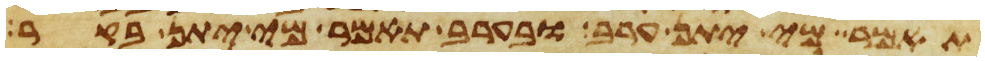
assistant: תאמר מי יתן ערב ובערב תאמר מי יתן בקר